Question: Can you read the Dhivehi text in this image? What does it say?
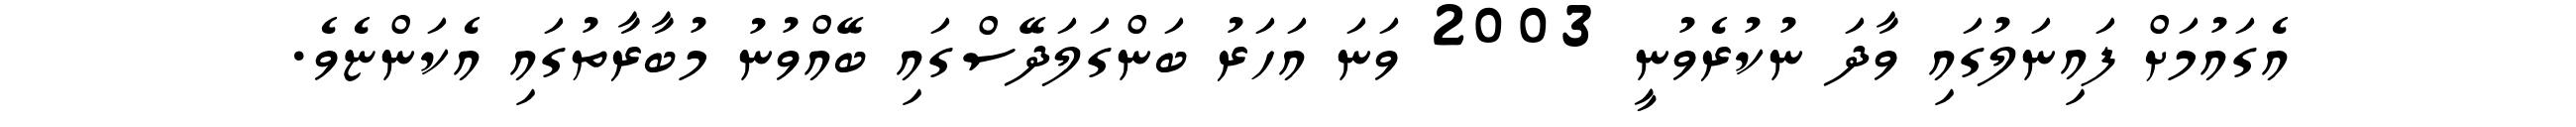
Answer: އެގައުމަށް ފައިނަލުގައި ވާދަ ނުކުރެވުނީ 2003 ވަނަ އަހަރު ބަންގަލަދޭސްގައި ބޭއްވުނު މުބާރާތުގައި އެކަންޏެވެ.